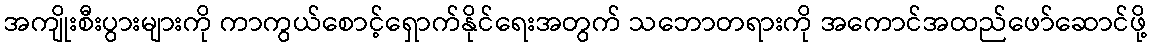
အကျိုးစီးပွားများကို ကာကွယ်စောင့်ရှောက်နိုင်ရေးအတွက် သဘောတရားကို အကောင်အထည်ဖော်ဆောင်ဖို့